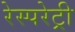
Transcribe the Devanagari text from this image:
रेस्परेट्री